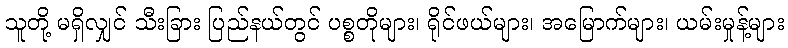
သူတို့ မရှိလျှင် သီးခြား ပြည်နယ်တွင် ပစ္စတိုများ၊ ရိုင်ဖယ်များ၊ အမြောက်များ၊ ယမ်းမှုန့်များ